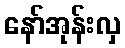
နော်အုန်းလှ